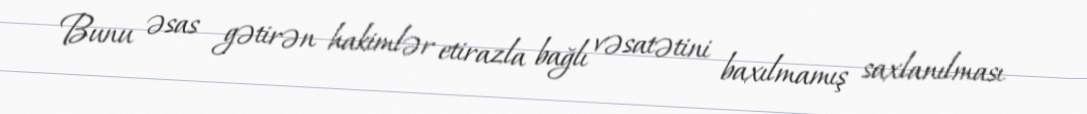
Bunu əsas gətirən hakimlər etirazla bağlı vəsatətini baxılmamış saxlanılması